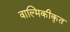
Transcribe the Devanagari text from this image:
वाल्मिकीकृत